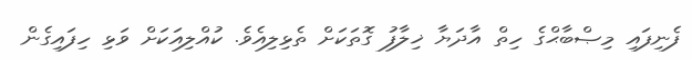
ފެނިފައި މިޞްބާޙްގެ ހިތް އާދަޔާ ޚިލާފު ގޮތަކަށް ތެޅިލިއެވެ. ކުއްލިއަކަށް ވަޅި ހިފައިގެން